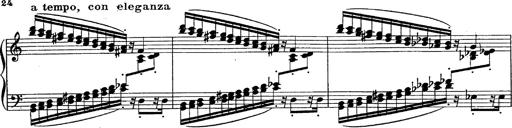
Title: Fantasie Ã¼ber Themen aus Mozarts Figaro und Don Giovanni
Composer: Franz Liszt